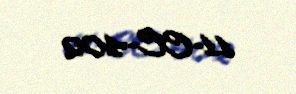
11-CC-402